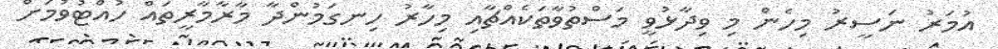
އުމަރު ނަސީރު މިހެން މި ވިދާޅުވީ މަސްތުވާތަކެއްޗާއި މިހާރު ހިނގަމުންދާ މާރާމާރީތައް ހުއްޓުވުމަށް